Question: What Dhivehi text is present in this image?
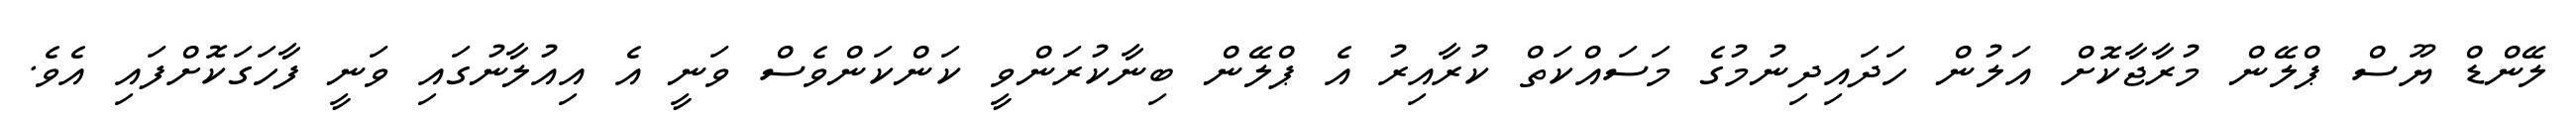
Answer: ލޭންޑް ޔޫސް ޕްލޭން މުރާޖާކޮށް އަލުން ހަދައިދިނުމުގެ މަސައްކަތް ކުރާއިރު އެ ޕްލޭން ބިނާކުރަންވީ ކަންކަންވެސް ވަނީ އެ އިއުލާނުގައި ވަނީ ފާހަގަކޮށްފައި އެވެ.